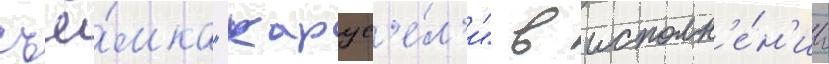
съё́мка "карус'е́л'и" в исполн'е́н'ии